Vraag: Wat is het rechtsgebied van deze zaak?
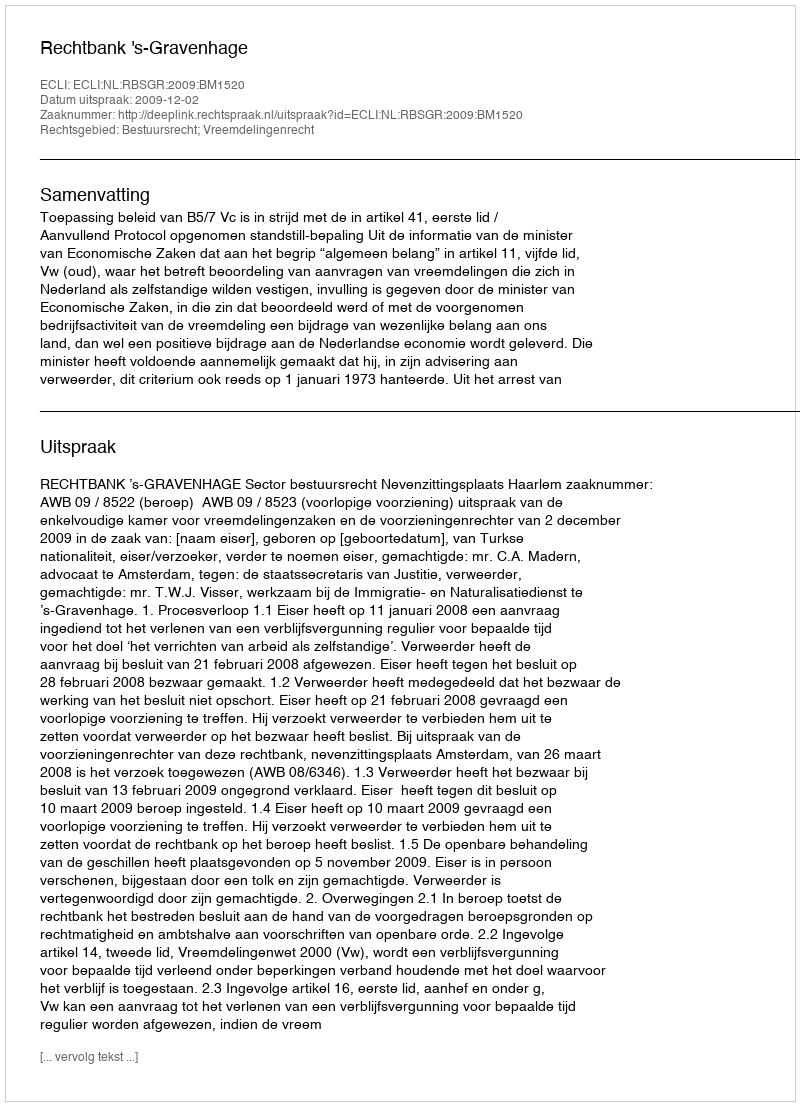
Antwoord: Bestuursrecht; Vreemdelingenrecht